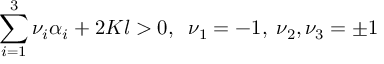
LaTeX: \sum _ { i = 1 } ^ { 3 } \nu _ { i } \alpha _ { i } + 2 K l > 0 , \; \; \nu _ { 1 } = - 1 , \; \nu _ { 2 } , \nu _ { 3 } = \pm 1